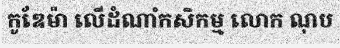
កូឌែម៉ា លើដំណាំកសិកម្ម លោក ណុប